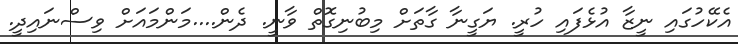
އެކޭހުގައި ނީޒާ އުޅެފައި ހުރީ. ޔަގީނާ ގާތަށް މިބުނިގޮތް ވާނީ. ދެން....މަންމައަށް ވިސްނައިދީ.